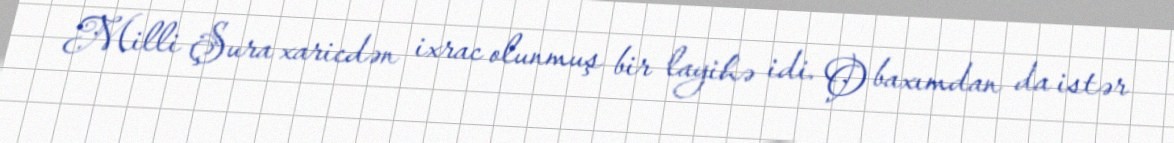
Milli Şura xaricdən ixrac olunmuş bir layihə idi. O baxımdan da istər